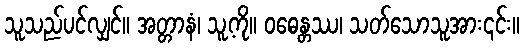
သူသည်ပင်လျှင်။ အတ္တာနံ၊ သူ့ကို။ ဝဓေန္တဿ၊ သတ်သောသူအား၎င်း။